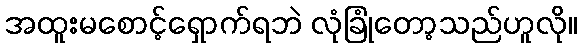
အထူးမစောင့်ရှောက်ရဘဲ လုံခြုံတော့သည်ဟူလို။